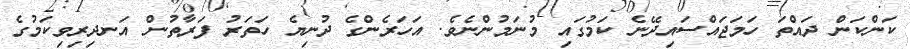
ކަންކަން ދައްތަ ހަމަޖައްސައިދޭނެ ކަމުގައި މުނަމުންނެވެ. އަހަރެންގެ ދުނިޔެ ހަތަރު ފަރާތުން އަނދިރިވިކަމުގެ